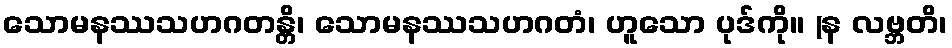
သောမနဿသဟဂတန္တိ၊ သောမနဿသဟဂတံ၊ ဟူသော ပုဒ်ကို။ (န လဗ္ဘတိ၊